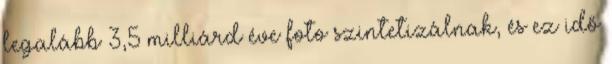
legalább 3,5 milliárd éve foto szintetizálnak, és ez idő